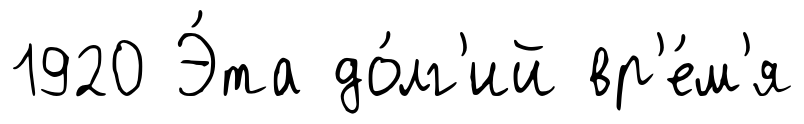
1920 Э́та до́лг'ий вр'е́м'я